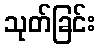
သုတ်ခြင်း